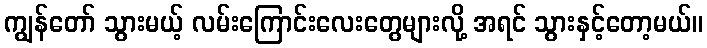
ကျွန်တော် သွားမယ့် လမ်းကြောင်းလေးတွေများလို့ အရင် သွားနှင့်တော့မယ်။